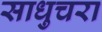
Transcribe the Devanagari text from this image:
साधुचरा